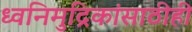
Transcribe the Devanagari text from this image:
ध्वनिमुद्रिकांसाठीही